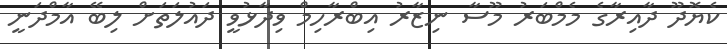
ކެޔޮދޫ ދާއިރާގެ މެމްބަރު މޫސާ ނިޒާރު އިބްރާހިމް ވިދާޅުވީ ދައުލަތަށް ލިބޭ އާމްދަނީ